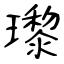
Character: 瓈